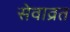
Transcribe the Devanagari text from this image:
सेवाव्रत